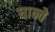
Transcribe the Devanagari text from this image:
घान्चे